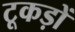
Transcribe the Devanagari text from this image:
टूकड़ों